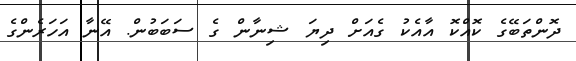
ދޮންތަބޭގެ ކޮއްކޮ އާއެކު ގެއަށް ދިޔަ ޝިނާން ގެ ސަބަބުން. އޭނާ އަހަރެންގެ